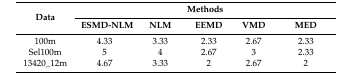
| <ROWSPAN=2> Data | <COLSPAN=5> Methods |
 | ESMD-NLM | NLM | EEMD | VMD | MED |
 | --- | --- | --- | --- | --- | --- |
 | 100m | 4.33 | 3.33 | 2.33 | 2.67 | 2.33 |
 | Sel100m | 5 | 4 | 2.67 | 3 | 2.33 |
 | 13420_12m | 4.67 | 3.33 | 2 | 2.67 | 2 |